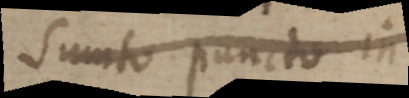
sumto puncto in